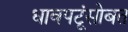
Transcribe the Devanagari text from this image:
धावपटूंसोबत